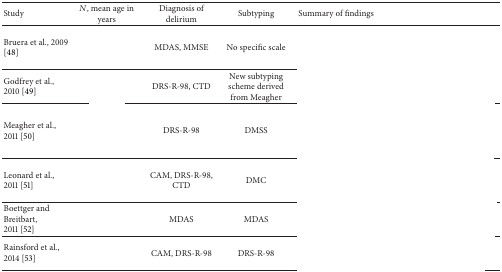
<table><thead><tr><td><b>Study</b></td><td><b><i>N</i>, mean age in years</b></td><td><b>Diagnosis of delirium</b></td><td><b>Subtyping</b></td><td><b>Summary of findings</b></td></tr></thead><tbody><tr><td>Bruera et al., 2009 [48]</td><td>[EMPTY_CELL]</td><td>MDAS, MMSE</td><td>No specific scale</td><td>[EMPTY_CELL]</td></tr><tr><td>Godfrey et al., 2010 [49]</td><td>[EMPTY_CELL]</td><td>DRS-R-98, CTD</td><td>New subtyping scheme derived from Meagher</td><td>[EMPTY_CELL]</td></tr><tr><td>Meagher et al., 2011 [50]</td><td>[EMPTY_CELL]</td><td>DRS-R-98</td><td>DMSS </td><td>[EMPTY_CELL]</td></tr><tr><td>Leonard et al., 2011 [51]</td><td>[EMPTY_CELL]</td><td>CAM, DRS-R-98, CTD</td><td>DMC</td><td>[EMPTY_CELL]</td></tr><tr><td>Boettger and Breitbart, 2011 [52]</td><td>[EMPTY_CELL]</td><td>MDAS</td><td>MDAS</td><td>[EMPTY_CELL]</td></tr><tr><td>Rainsford et al., 2014 [53]</td><td>[EMPTY_CELL]</td><td>CAM, DRS-R-98</td><td>DRS-R-98</td><td>[EMPTY_CELL]</td></tr></tbody></table>